Report of the Bombay Plague Committee
Disease focus: Plague
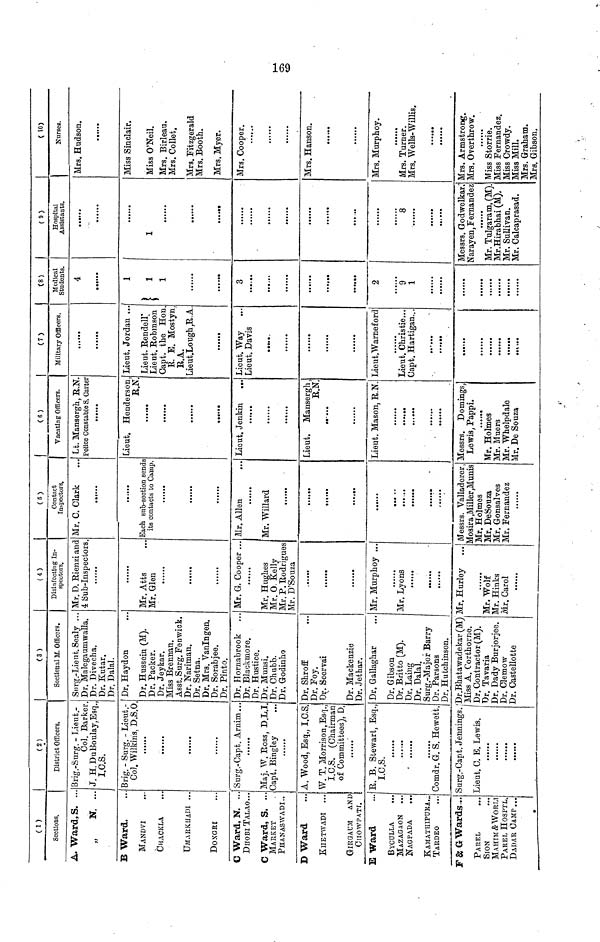
169
(1)
Sections.
A. Ward, S. ..
„
N. ...
B Ward.
M AND VI
...
CHACKLA
UMARKHADI ...
DOXGRI
C Ward, N. ..
DHOBI TALAO .
C Ward, S. ...
MARKET
PJEANAS WADI ,.
D Ward
KUETWADI ...
GIROAUM: AND
ClIOWPATI.
E Ward
BYCOLLA
...
MAZAGAON ...
NAGPADA
KAMATIIIPDRA.
TARDEO
F& GWards ..
PAREL
SIGN
MAHIJI &WORLI
PAREL HOSPTL.
DADAR CAMP...
1
(2 J
District Officers.
Brig.-Surg. - Lieut.-
Col. Barker
J. H.DuBoulay.Esq.
I.C.S.
Brig. - Surg. - Lieut .-
Col. Wilkins, D.S.O
Surg.-Capt. Aruim..
Maj. W. Eoss, D.L.I
Capt. Bingley
...
A. Wood, Esq., I.C.S.
W. T.Morrison, Esq.,
I.C.S. (Chairman
of Committees), D.
E. B. Stewart, Esq.,
I.C.S.
......
Comdr. G. S. Hewott.
Surg.-Capt. Jennings.
Lieut. C B. Lewis.
|
( 3 )
Sectional M. Officers.
Surg.- Lieut. Sealy ...
Dr. Malegaumwalla.
Dr. Divecha.
Dr. Kutar.
Dr. Dalai.
Dr. Hay don
Dr Hussein (M).
Dr. Packer.
Dr. Jeykar.
Miss Brennan.
Asst. Surg. Fenwick.
Dr. Nariman.
Dr. Setna.
Dr. Mrs. Vanlngen.
Dr. Sorabjee.
Dr. Pinto.
Dr. Hornabrook
Dr Blackmore
Dr. Hustice.
Dr. Munsi.
Dr. Chubb.
Dr. Godinho
Dr. Shroff
Dr. Foy.
Dr. Seerva'i
Dr. Mackenzie
Dr. Jethar.
Dr. Gallaghar
Dr. Gibson
Dr. Britto (M).
Dr. Laing
Dr. Dalai.
Surg -Major Barry
Dr. Parsons
Dr. Hutchinson.
Dr.Bhatawadekar (M)
Miss A. Corthorne.
Dr. Contractor (M).
Dr. Tavaria
Dr. Dady Burjorjee.
Dr. Clemow
Dr. Castellotte
|
( 4 )
Disinfecting In-
spectors.
Mr. D. Eienzi anc
4 Sub-Inspectors
Mr Atts
Mr. Glen
Mr. G. Cooper ...
Mr. Hughes
Mr. O. Kelly
Mr P. Eodriguos
Mr. D'Souza
•••*••
Mr. Murphoy ...
Mr. Lyons
Mr. Hurley
Mr. Wolf"
Mr. Hinks
Mr. Carol
[
(5)
Contact
Inspectors.
Mr. C. Clark
Each sub-section sends
its contacts to Camp,
Mr. Allen
Mr. Willard
Messrs. Valladerer,
klosira .Miller , Munis
Mr. Holmes
Mr. DeSouza
Mr. Gonsalves
Mr. Fernandez
|
( 6 )
Vacating Officers.
Lt. Mansergh, E.N
Police Constable S. Cartel
Lieut. Henderson
E.N
Lieut. Jenkin
...
Lieut. Mansergh,
E.N.
»••...
Lieut. Mason, E.N.
«•»*••
• >* *»*
Messrs. Domings,
Lewis, Pappi.
«*••*•
Mr. Holmes
Mr. Muers
Mr. Whelpdale
Mr. De Souza
|
(7)
Military Officers.
Lieut. Jordan ...
Lieut. Eendell*
Lieut. Eobmson
Capt. the Hon
R. E. Mostyn
E.A.
Lieut.Lough,E.A
Lieut. Way
Lieut Davis
•••«•
Lieut.Warneford
Lieut. Christie...
Capt. Hartigan...
••••••
|
(8)
Medical
Students.
4
1
)
.,
i i
3
••*«•»
2
9
1
|
0)
Hospital
Assistants.
1
•••»«•
8
Messrs. Godwelkar,"
tf arayen, Fernandez
Mr. Tulgaram, (M).
Mr.Hirabhai (M),
Mr. Sullivan.
Mr. Calcaprasad.
|
( 10)
Nurses.
Mrs. Hudson.
Miss Sinclair.
Miss O'Neil.
Mrs. Birleau,
Mrs. Collet.
Mrs. Fitzgerald
Mrs. Booth.
Mrs Myer.
Mrs. Cooper.
Mrs. Hanson.
Mrs. Murphoy.
Mrs. Turner.
Mrs. Wells- Willis.
Mrs. Armstrong.
Mrs. Overthrow.
Miss Storrie.
Miss Fernandez.
Miss Crowdy.
Miss Mill.
Mrs. Graham.
Mrs. Gibson.